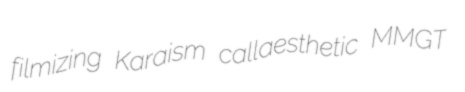
filmizing Karaism callaesthetic MMGT